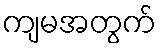
ကျမအတွက်